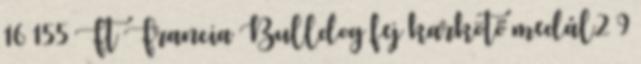
16 155 Ft Francia Bulldog fej karkötő medál2 9